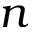
n